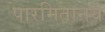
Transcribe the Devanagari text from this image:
पारमितानय